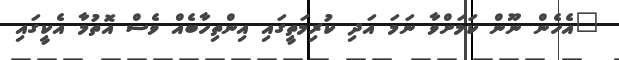
"އެހެން ނޫން ކަމަށްވާ ނަމަ އަދި ކުރިމަތީގައި އިންތިހާބެއް ވެސް އޮތުމާ އެކީގައި